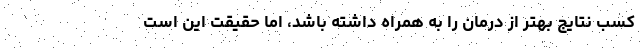
کسب نتایج بهتر از درمان را به همراه داشته باشد، اما حقیقت این است